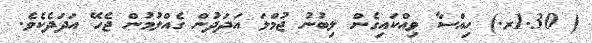
( 1.30ރ.) ހިއްސާ ވިއްކައިގެން ލިބުނު ޖުމްލަ އަދަދުން ގެއްލުމުން ޖެހޭ އަދަދެކެވެ.